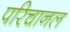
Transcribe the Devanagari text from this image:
परिचानल